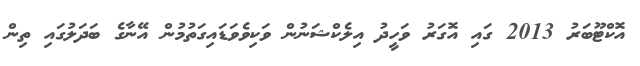
އޮކްޓޫބަރު 2013 ގައި އޮގަރު ވަހީދު އިލެކްޝަނުން ވަކިވެވަޑައިގަތުމުން އޭނާގެ ބަދަލުގައި ތިން